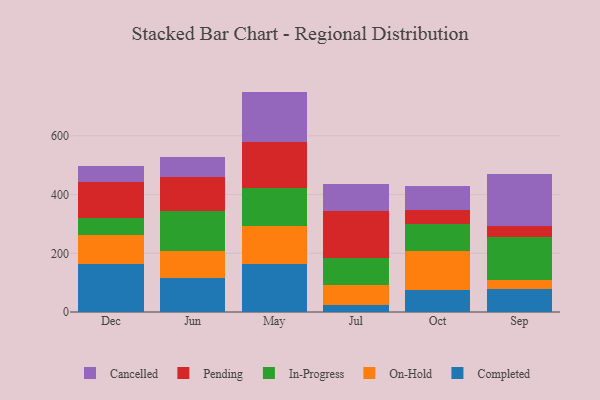
{"axis": {"x": "Month", "y": "Website Visitors"}, "legend": ["Cancelled", "Completed", "In-Progress", "On-Hold", "Pending"], "data": [{"x": "Dec", "y": 162.2, "type": "Completed"}, {"x": "Dec", "y": 100.7, "type": "On-Hold"}, {"x": "Dec", "y": 55.9, "type": "In-Progress"}, {"x": "Dec", "y": 124.9, "type": "Pending"}, {"x": "Dec", "y": 52.9, "type": "Cancelled"}, {"x": "Jun", "y": 114.7, "type": "Completed"}, {"x": "Jun", "y": 93.0, "type": "On-Hold"}, {"x": "Jun", "y": 137.7, "type": "In-Progress"}, {"x": "Jun", "y": 114.6, "type": "Pending"}, {"x": "Jun", "y": 67.8, "type": "Cancelled"}, {"x": "May", "y": 162.8, "type": "Completed"}, {"x": "May", "y": 130.4, "type": "On-Hold"}, {"x": "May", "y": 130.6, "type": "In-Progress"}, {"x": "May", "y": 154.7, "type": "Pending"}, {"x": "May", "y": 172.5, "type": "Cancelled"}, {"x": "Jul", "y": 24.9, "type": "Completed"}, {"x": "Jul", "y": 68.4, "type": "On-Hold"}, {"x": "Jul", "y": 91.1, "type": "In-Progress"}, {"x": "Jul", "y": 160.9, "type": "Pending"}, {"x": "Jul", "y": 90.4, "type": "Cancelled"}, {"x": "Oct", "y": 76.0, "type": "Completed"}, {"x": "Oct", "y": 132.8, "type": "On-Hold"}, {"x": "Oct", "y": 90.2, "type": "In-Progress"}, {"x": "Oct", "y": 48.5, "type": "Pending"}, {"x": "Oct", "y": 80.4, "type": "Cancelled"}, {"x": "Sep", "y": 79.1, "type": "Completed"}, {"x": "Sep", "y": 30.4, "type": "On-Hold"}, {"x": "Sep", "y": 147.5, "type": "In-Progress"}, {"x": "Sep", "y": 36.3, "type": "Pending"}, {"x": "Sep", "y": 178.1, "type": "Cancelled"}]}